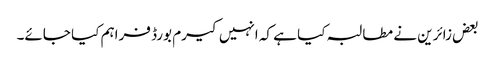
بعض زائرین نے مطالبہ کیا ہے کہ انہیں کیرم بورڈ فراہم کیا جائے۔